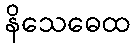
နိသေဓေထ